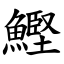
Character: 鰹